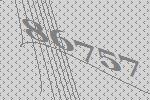
86757